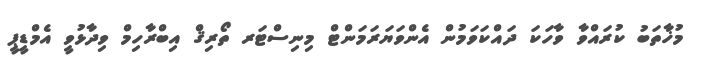
މުޚާތަބު ކުރައްވާ ވާހަކަ ދައްކަވަމުން އެންވަޔަރަމަންޓް މިނިސްޓަރ ތޯރިޤް އިބްރާހިމް ވިދާޅުވީ އެމްޑީޕީ